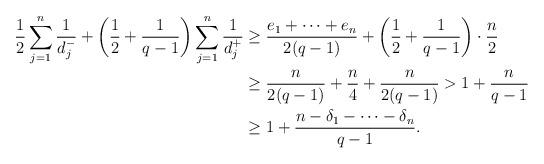
LaTeX: \begin{align*}\frac 12\sum_{j=1}^n \frac 1{d_j^-}+\left(\frac 12+\frac 1{q-1}\right)\sum_{j=1}^n \frac 1{d_j^+}&\ge \frac{e_1+\dots+e_n}{2(q-1)}+\left(\frac 12+\frac 1{q-1}\right)\cdot \frac n2\\&\ge \frac n{2(q-1)}+\frac n4+\frac n{2(q-1)}>1+\frac n{q-1}\\& \ge 1+\frac{n-\delta_1-\dots-\delta_n}{q-1}.\end{align*}